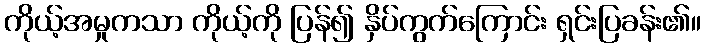
ကိုယ့်အမှုကသာ ကိုယ့်ကို ပြန်၍ နှိပ်ကွက်ကြောင်း ရှင်းပြခန်း၏။